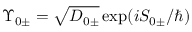
\Upsilon _ { 0 \pm } = \sqrt { D _ { 0 \pm } } \exp ( { i S _ { 0 \pm } / \hbar } )